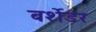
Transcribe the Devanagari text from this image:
बर्शेडर